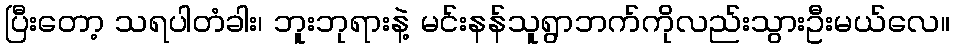
ပြီးတော့ သရပါတံခါး၊ ဘူးဘုရားနဲ့ မင်းနန်သူရွာဘက်ကိုလည်းသွားဦးမယ်လေ။